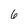
Character: 6